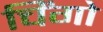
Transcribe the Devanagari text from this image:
चिंगो